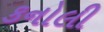
કનોલી